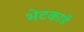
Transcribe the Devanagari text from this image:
भेटकार्डे